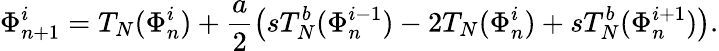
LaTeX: \Phi_{n+1}^{i}=T_{N}(\Phi_{n}^{i})+\frac{a}{2}\left(sT_{N}^{b}(\Phi_{n}^{i-1})-2T_{N}(\Phi_{n}^{i})+sT_{N}^{b}(\Phi_{n}^{i+1})\right).